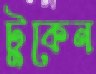
টুকেন